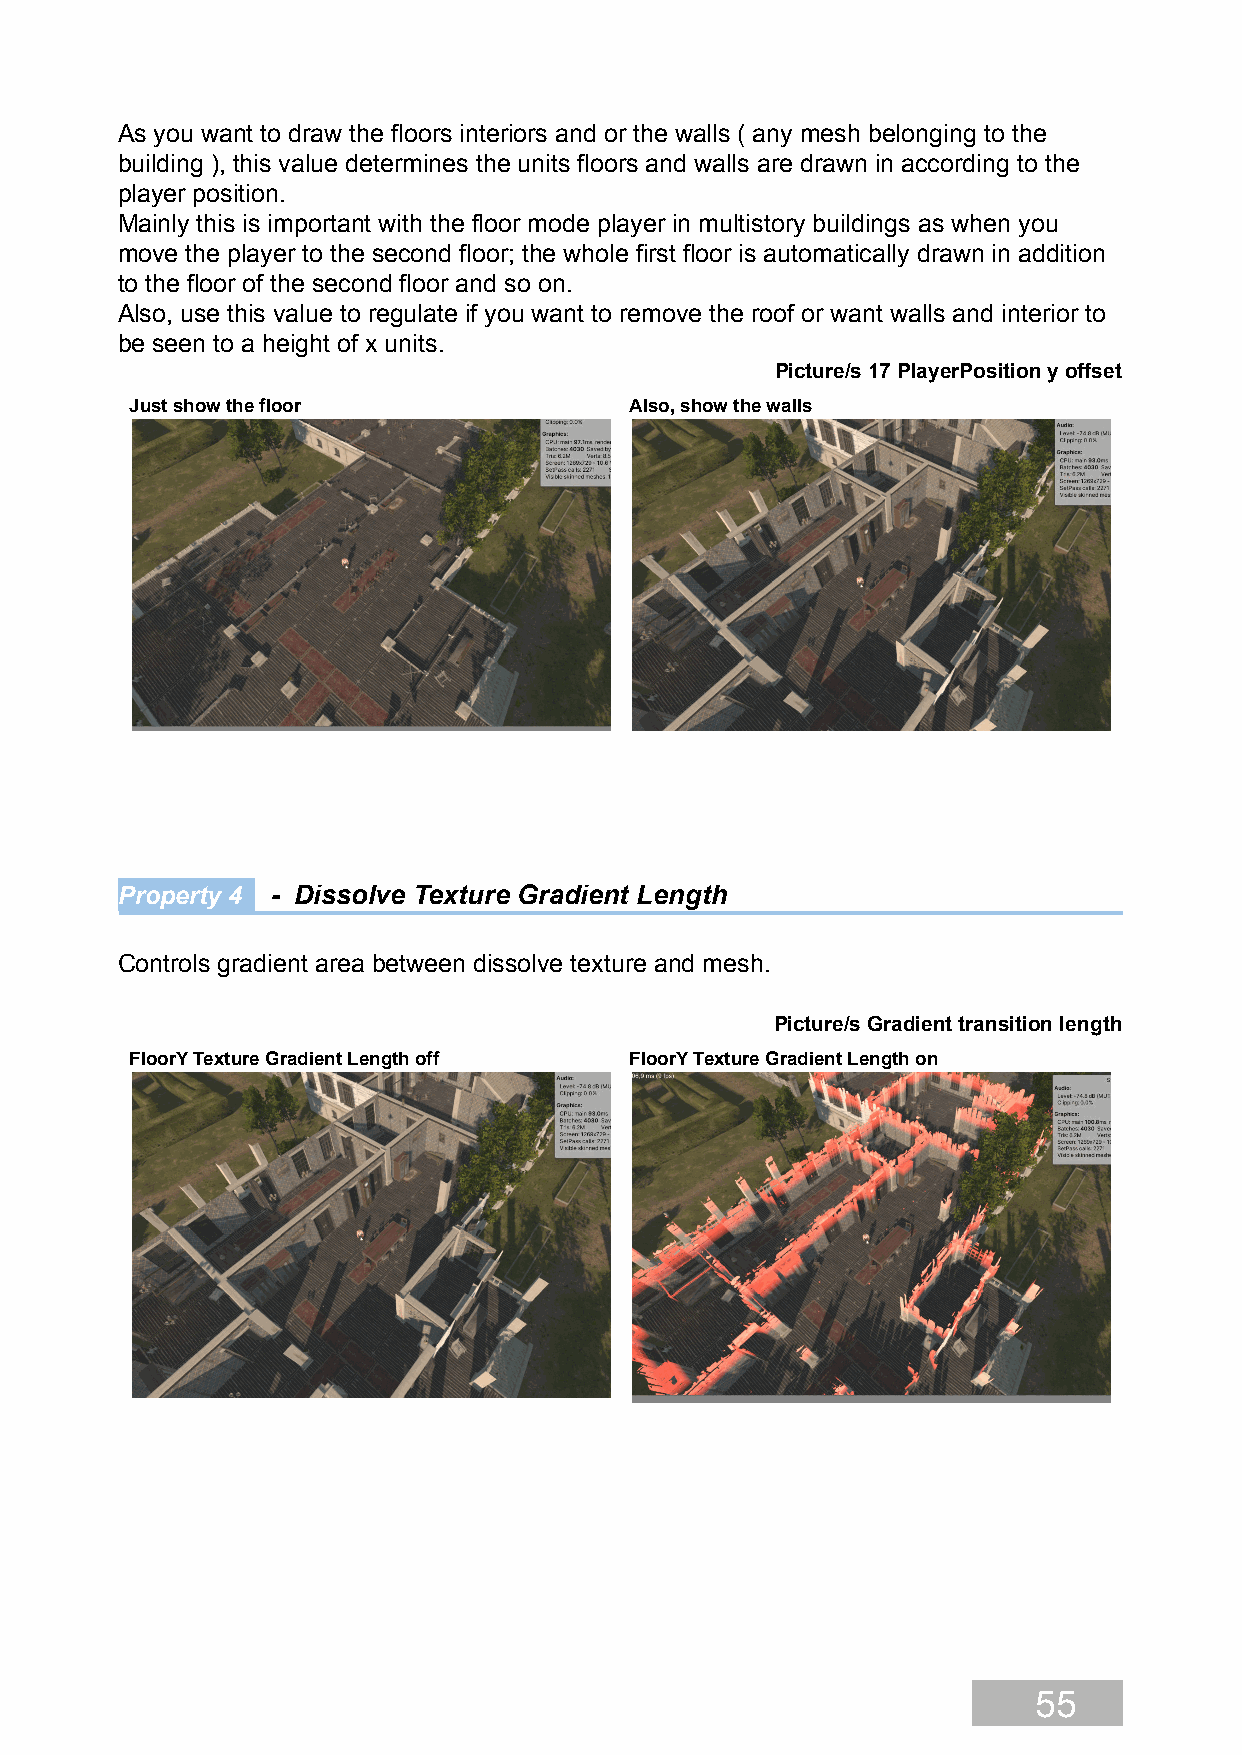
As you want to draw the floors interiors and or the walls ( any mesh belonging to the
 building ), this value determines the units floors and walls are drawn in according to the
 player position.
 Mainly this is important with the floor mode player in multistory buildings as when you
 move the player to the second floor; the whole first floor is automatically drawn in addition
 to the floor of the second floor and so on.
 Also, use this value to regulate if you want to remove the roof or want walls and interior to
 be seen to a height of x units.
 Picture/s 17 PlayerPosition y offset
 Just show the floor              Also, show the walls
 Property 4 - Dissolve Texture Gradient Length
 Controls gradient area between dissolve texture and mesh.
 Picture/s Gradient transition length
 FloorY Texture Gradient Length off FloorY Texture Gradient Length on
 55